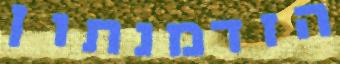
הזדמנתון